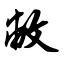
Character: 敝